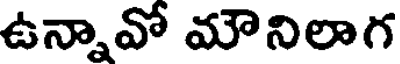
ఉన్నావో మౌనిలాగ